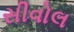
સીવોલ